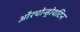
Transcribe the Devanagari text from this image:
औरचोन्ड्रोयटिन